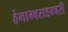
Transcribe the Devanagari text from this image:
हेमाम्बराडम्बरी